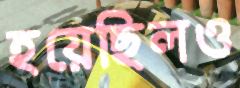
হয়েছিলও